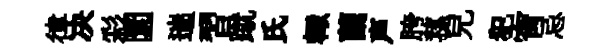
律决彩圜遄習蹴氏輙蘭声胯蓀兒犯宵忌